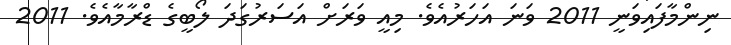
ނިންމާފައިވަނީ 2011 ވަނަ އަހަރުއެވެ. މިއީ ވަރަށް އަސަރުގަދަ ލޯބީގެ ޑްރާމާއެވެ. 2011